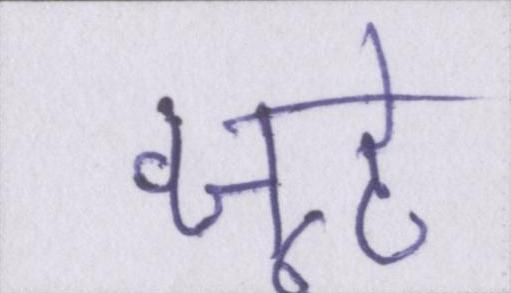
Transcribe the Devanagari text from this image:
जूठे